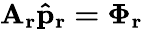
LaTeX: \mathbf{A_{r}\hat{p}_{r}=\Phi_{r}}